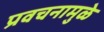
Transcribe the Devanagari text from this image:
प्रवचनामुळे